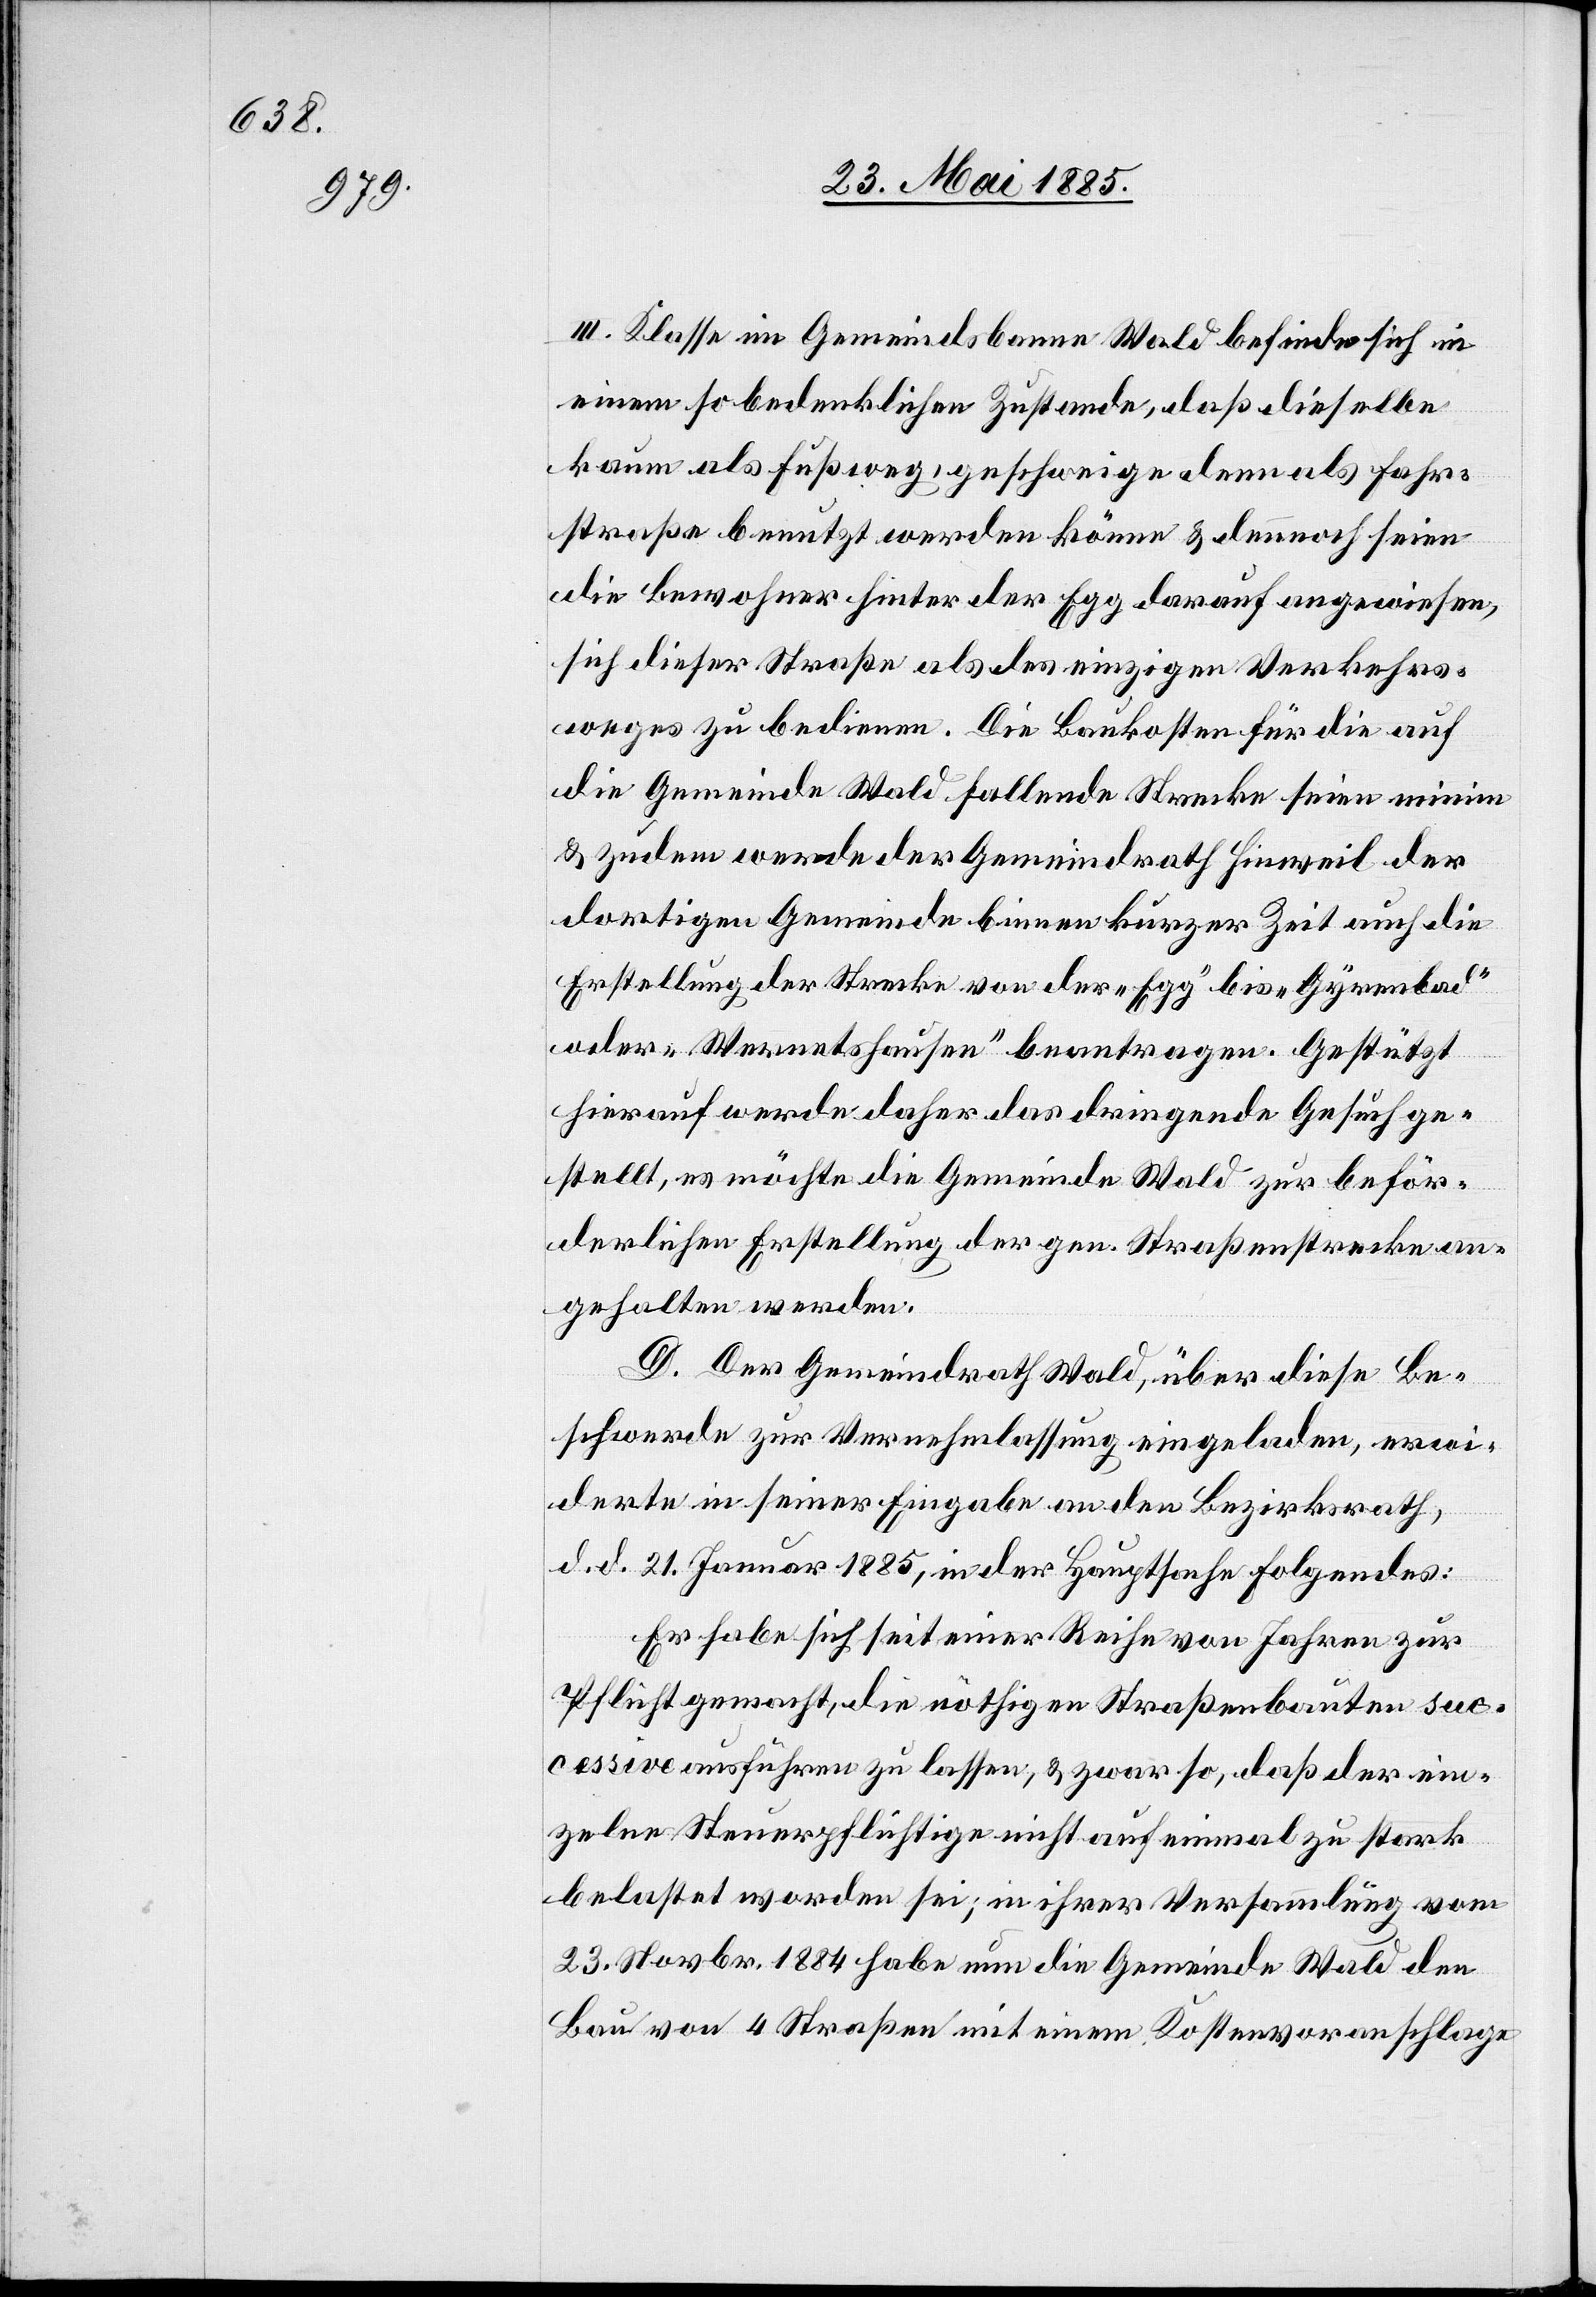
III. Klasse im Gemeindsbanne Wald befinde sich in
einem so bedenklichen Zustande, daß dieselbe
kaum als Fußweg, geschweige denn als Fahr¬
straße benutzt werden könne & dennoch seien
die Bewohner hinter der Egg darauf angewiesen,
sich dieser Straße als des einzigen Verkehrs¬
weges zu bedienen. Die Baukosten für die auf
die Gemeinde Wald fallende Strecke seien minim
& zudem werde der Gemeindrath Hinweil der
dortigen Gemeinde binnen kurzer Zeit auch die
Erstellung der Strecke von der „Egg“ bis „Gyrenbad“
oder „Wernetshausen“ beantragen. Gestützt
hierauf werde daher das dringende Gesuch ge¬
stellt, es möchte die Gemeinde Wald zur beför¬
derlichen Erstellung der gen. Straßenstrecke an¬
gehalten werden.
D. Der Gemeindrath Wald, über diese Be¬
schwerde zur Vernehmlassung eingeladen, erwi¬
derte in seiner Eingabe an den Bezirksrath
d. d. 21. Januar 1885, in der Hauptsache folgendes:
Er habe sich seit einer Reihe von Jahren zur
Pflicht gemacht, die nöthigen Straßenbauten suc¬
cessive ausführen zu lassen, & zwar so, daß die ein¬
zelne Steuerpflichtige nicht auf einmal zu stark
belastet worden sei; in ihrer Versammlung vom
23. Novbr. 1884 habe nun die Gemeinde Wald den
Bau von 4 Straßen mit einem Kostenvoranschlage